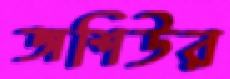
জশিউর